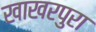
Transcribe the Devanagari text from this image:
खाखरपुरा